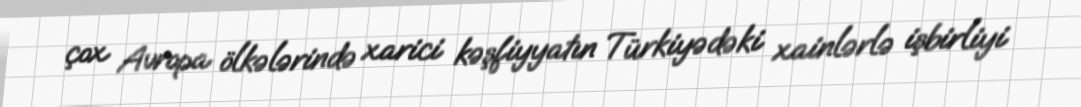
çox Avropa ölkələrində xarici kəşfiyyatın Türkiyədəki xainlərlə işbirliyi